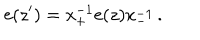
LaTeX: \mathrm { e } ( z ^ { \prime } ) = \mathrm { x } _ { + } ^ { - 1 } \mathrm { e } ( z ) \mathrm { x } _ { - } ^ { - 1 } \, .